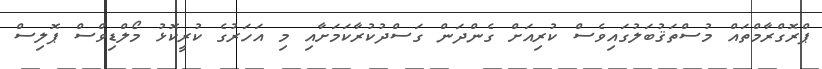
ޕްރޮގްރާމްތައް މުސްތަޤުބަލުގައިވެސް ކުރިއަށް ގެންދަން ގަސްދުކުރާކަމަށާއި މި އަހަރުގެ ކުރީކޮޅު މޯލްޑިވްސް ޕޮލިސް